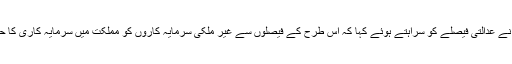
قانونی ماہرین نے عدالتی فیصلے کو سراہتے ہوئے کہا کہ اس طرح کے فیصلوں سے غیر ملکی سرمایہ کاروں کو مملکت میں سرمایہ کاری کا حوصلہ ملے گا۔